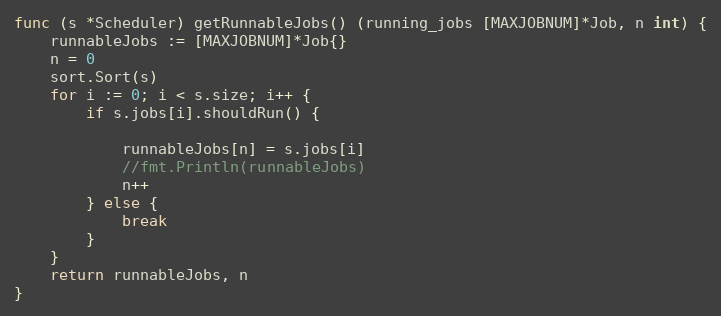
Language: Go
func (s *Scheduler) getRunnableJobs() (running_jobs [MAXJOBNUM]*Job, n int) {
	runnableJobs := [MAXJOBNUM]*Job{}
	n = 0
	sort.Sort(s)
	for i := 0; i < s.size; i++ {
		if s.jobs[i].shouldRun() {

			runnableJobs[n] = s.jobs[i]
			//fmt.Println(runnableJobs)
			n++
		} else {
			break
		}
	}
	return runnableJobs, n
}